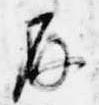
存